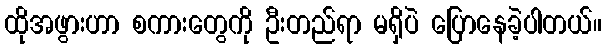
ထိုအဖွားဟာ စကားတွေကို ဦးတည်ရာ မရှိပဲ ပြောနေခဲ့ပါတယ်။